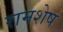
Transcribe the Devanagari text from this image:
रामशेष